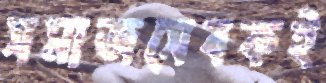
সমাজসেবকই